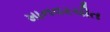
માનવરચીત